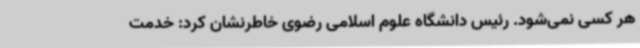
هر کسی نمی‌شود. رئیس دانشگاه علوم اسلامی رضوی خاطرنشان کرد: خدمت